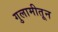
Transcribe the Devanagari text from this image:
गुलामीतून